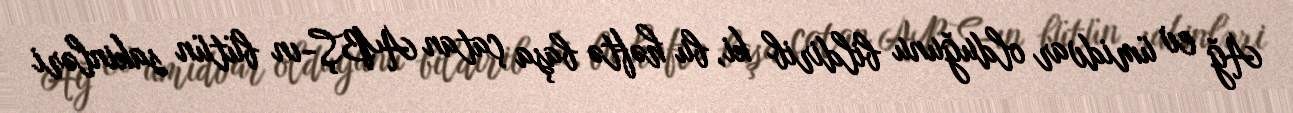
Ağ ev ümidvar olduğunu bildirib ki, bu həftə başa çatan ABŞ-ın bütün sakinləri